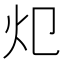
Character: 𱪣